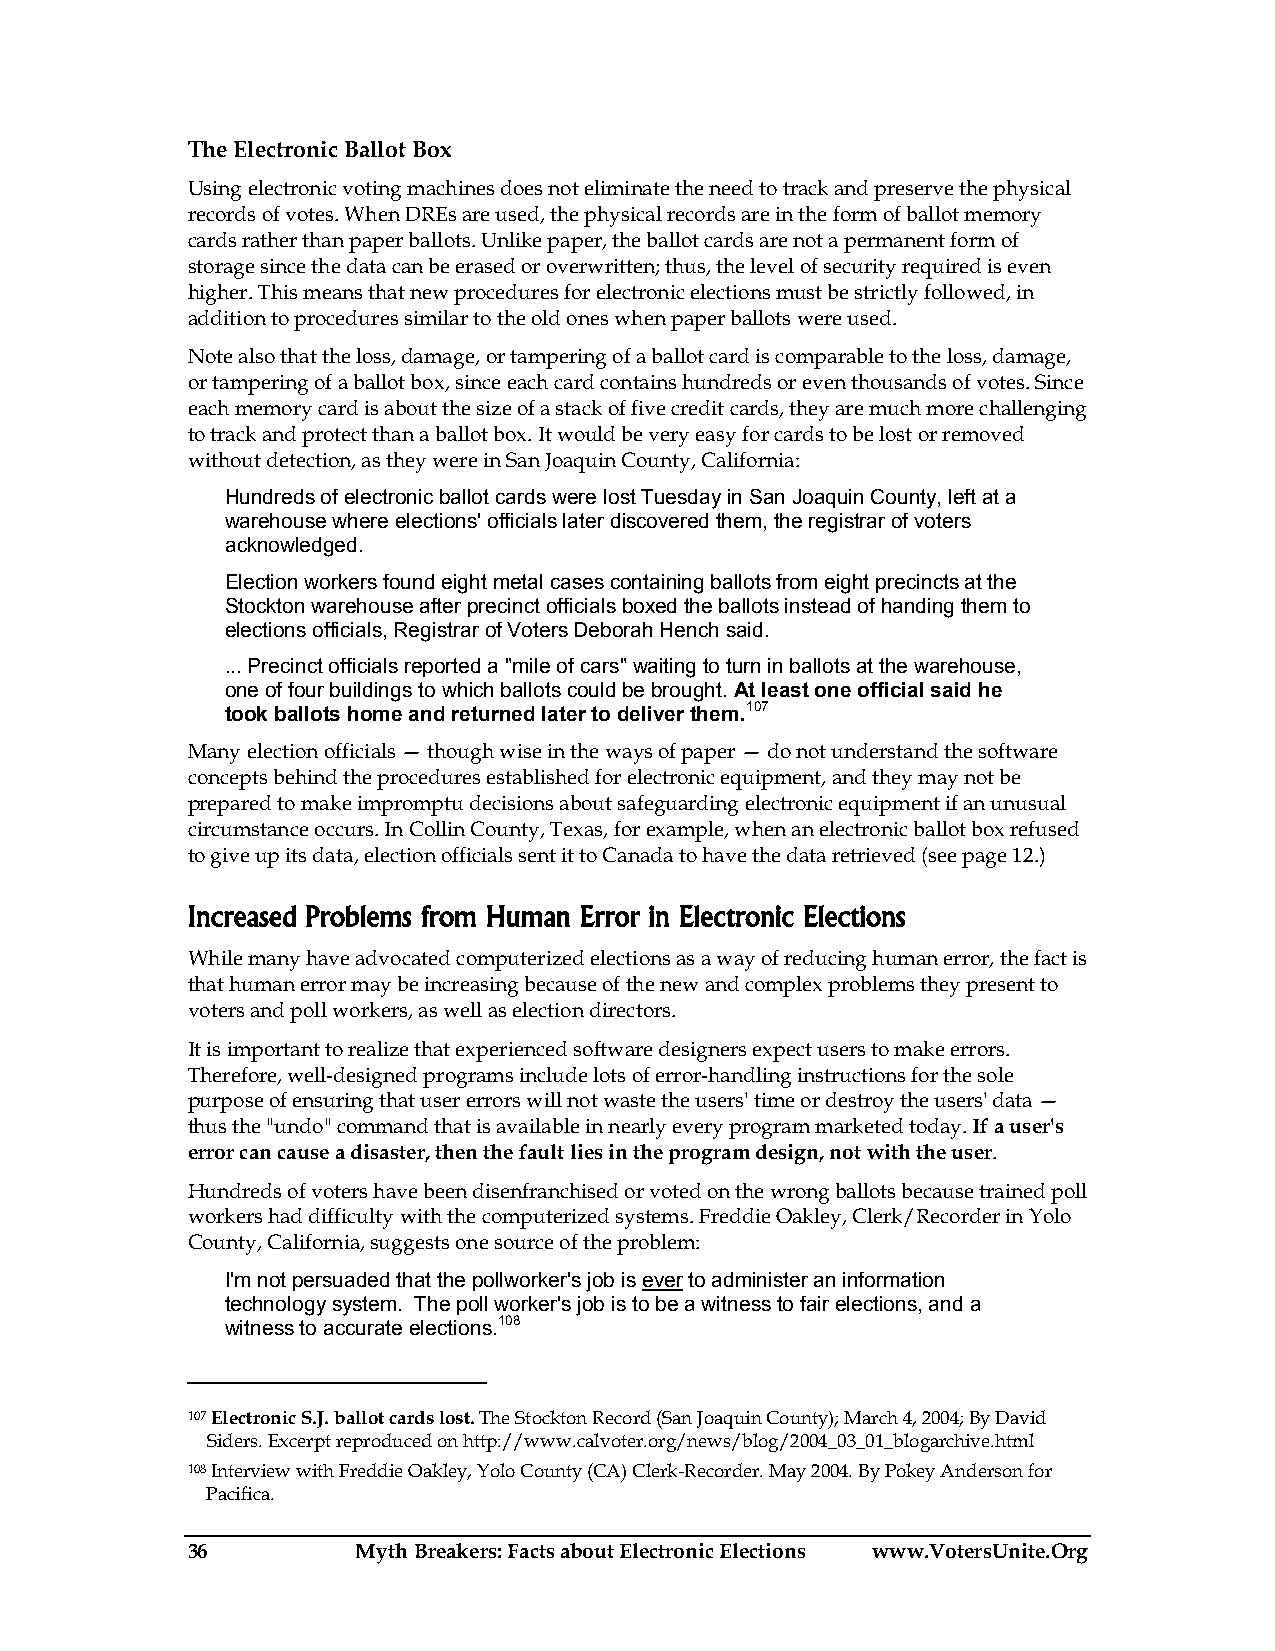
The Electronic Ballot Box
 Using electronic voting machines does not eliminate the need to track and preserve the physical
 records of votes. When DREs are used, the physical records are in the form of ballot memory
 cards rather than paper ballots. Unlike paper, the ballot cards are not a permanent form of
 storage since the data can be erased or overwritten; thus, the level of security required is even
 higher. This means that new procedures for electronic elections must be strictly followed, in
 addition to procedures similar to the old ones when paper ballots were used.
 Note also that the loss, damage, or tampering of a ballot card is comparable to the loss, damage,
 or tampering of a ballot box, since each card contains hundreds or even thousands of votes. Since
 each memory card is about the size of a stack of five credit cards, they are much more challenging
 to track and protect than a ballot box. It would be very easy for cards to be lost or removed
 without detection, as they were in San Joaquin County, California:
 Hundreds of electronic ballot cards were lost Tuesday in San Joaquin County, left at a
 warehouse where elections' officials later discovered them, the registrar of voters
 acknowledged.
 Election workers found eight metal cases containing ballots from eight precincts at the
 Stockton warehouse after precinct officials boxed the ballots instead of handing them to
 elections officials, Registrar of Voters Deborah Hench said.
 ... Precinct officials reported a "mile of cars" waiting to turn in ballots at the warehouse,
 one of four buildings to which ballots could be brought. At least one official said he
 took ballots home and returned later to deliver them.107
 Many election officials — though wise in the ways of paper — do not understand the software
 concepts behind the procedures established for electronic equipment, and they may not be
 prepared to make impromptu decisions about safeguarding electronic equipment if an unusual
 circumstance occurs. In Collin County, Texas, for example, when an electronic ballot box refused
 to give up its data, election officials sent it to Canada to have the data retrieved (see page 12.)
 Increased Problems from Human Error in Electronic Elections
 While many have advocated computerized elections as a way of reducing human error, the fact is
 that human error may be increasing because of the new and complex problems they present to
 voters and poll workers, as well as election directors.
 It is important to realize that experienced software designers expect users to make errors.
 Therefore, well-designed programs include lots of error-handling instructions for the sole
 purpose of ensuring that user errors will not waste the users' time or destroy the users' data —
 thus the "undo" command that is available in nearly every program marketed today. If a user's
 error can cause a disaster, then the fault lies in the program design, not with the user.
 Hundreds of voters have been disenfranchised or voted on the wrong ballots because trained poll
 workers had difficulty with the computerized systems. Freddie Oakley, Clerk/Recorder in Yolo
 County, California, suggests one source of the problem:
 I'm not persuaded that the pollworker's job is ever to administer an information
 technology system. The poll worker's job is to be a witness to fair elections, and a
 witness to accurate elections.108
 107 Electronic S.J. ballot cards lost. The Stockton Record (San Joaquin County); March 4, 2004; By David
 Siders. Excerpt reproduced on http://www.calvoter.org/news/blog/2004_03_01_blogarchive.html
 108 Interview with Freddie Oakley, Yolo County (CA) Clerk-Recorder. May 2004. By Pokey Anderson for
 Pacifica.
 36          Myth Breakers: Facts about Electronic Elections www.VotersUnite.Org